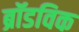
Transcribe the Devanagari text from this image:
ब्रॉडविक